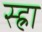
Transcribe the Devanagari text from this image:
स्ह्रा